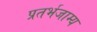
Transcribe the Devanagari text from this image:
प्रतर्भजाम्य